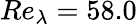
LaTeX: Re_{\lambda}=58.0